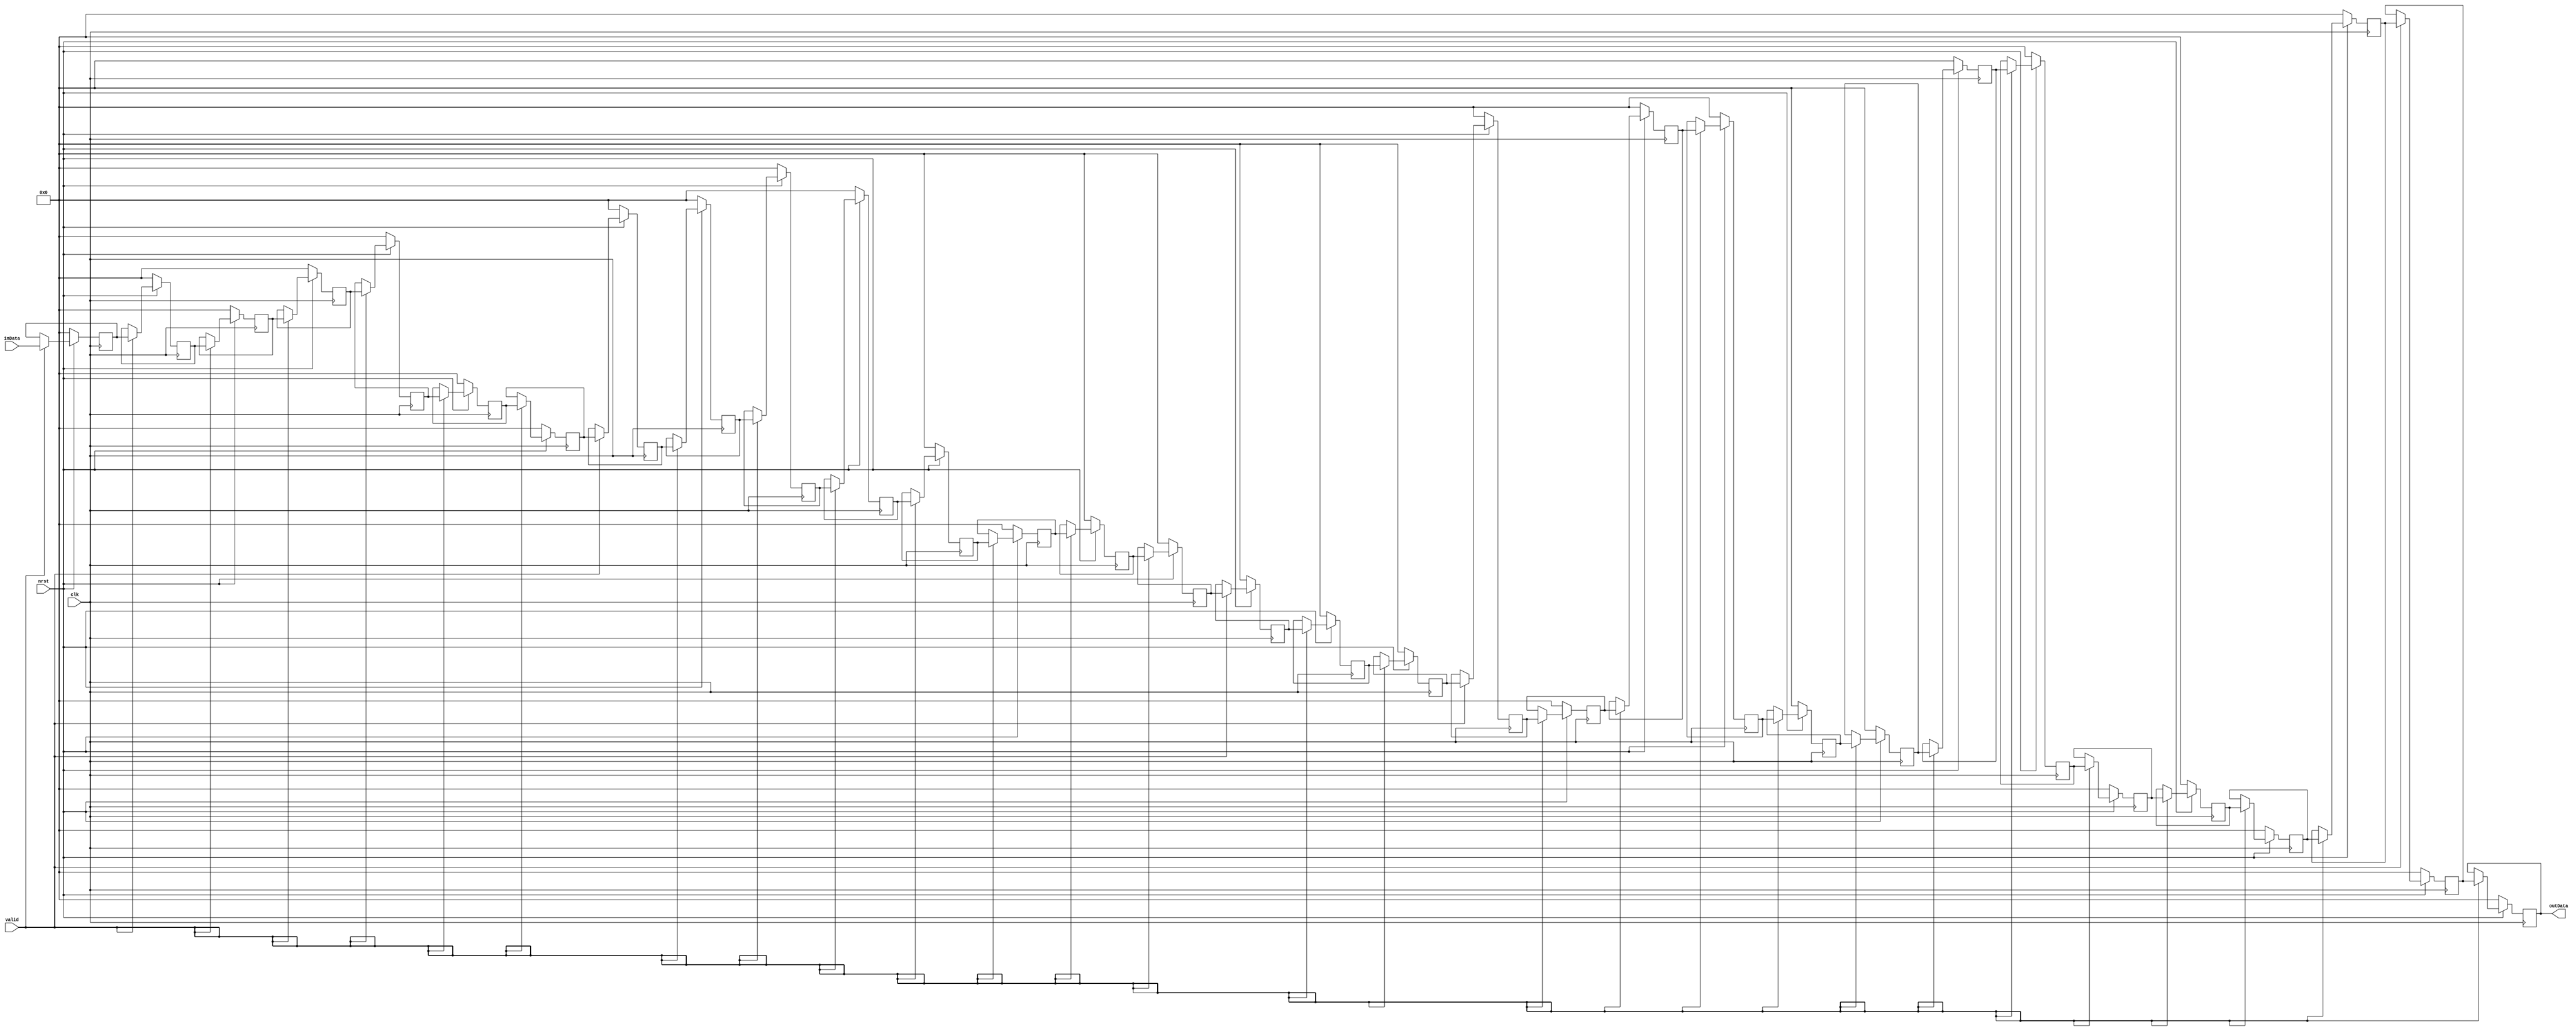
/******************************************************************************
Copyright (c) 2018 SoC Design Laboratory, Konkuk University, South Korea
All rights reserved.

Redistribution and use in source and binary forms, with or without
modification, are permitted provided that the following conditions are
met: redistributions of source code must retain the above copyright
notice, this list of conditions and the following disclaimer;
redistributions in binary form must reproduce the above copyright
notice, this list of conditions and the following disclaimer in the
documentation and/or other materials provided with the distribution;
neither the name of the copyright holders nor the names of its
contributors may be used to endorse or promote products derived from
this software without specific prior written permission.

THIS SOFTWARE IS PROVIDED BY THE COPYRIGHT HOLDERS AND CONTRIBUTORS
"AS IS" AND ANY EXPRESS OR IMPLIED WARRANTIES, INCLUDING, BUT NOT
LIMITED TO, THE IMPLIED WARRANTIES OF MERCHANTABILITY AND FITNESS FOR
A PARTICULAR PURPOSE ARE DISCLAIMED. IN NO EVENT SHALL THE COPYRIGHT
OWNER OR CONTRIBUTORS BE LIABLE FOR ANY DIRECT, INDIRECT, INCIDENTAL,
SPECIAL, EXEMPLARY, OR CONSEQUENTIAL DAMAGES (INCLUDING, BUT NOT
LIMITED TO, PROCUREMENT OF SUBSTITUTE GOODS OR SERVICES; LOSS OF USE,
DATA, OR PROFITS; OR BUSINESS INTERRUPTION) HOWEVER CAUSED AND ON ANY
THEORY OF LIABILITY, WHETHER IN CONTRACT, STRICT LIABILITY, OR TORT
(INCLUDING NEGLIGENCE OR OTHERWISE) ARISING IN ANY WAY OUT OF THE USE
OF THIS SOFTWARE, EVEN IF ADVISED OF THE POSSIBILITY OF SUCH DAMAGE.

Authors: Sunwoo Kim (sunwkim@konkuk.ac.kr)

Revision History
2017.02.15: Started by Sunwoo Kim
*******************************************************************************/

module Shift_Reg
#(
	parameter BW=16,
	parameter N =32
) (
	input 			nrst,clk,
	input [BW-1:0] 	inData,
	input 			valid,
	output[BW-1:0] 	outData
);

reg [BW-1:0] sr[N-1:0];
integer i;

always@(posedge clk)
	if(!nrst)
		for(i=1;i<N;i=i+1)
			sr[i] <= 0;
	else if (valid) begin
		for(i=1;i<N;i=i+1)
			sr[i] <= sr[i-1];			
	end


always@(posedge clk)
    if(!nrst)
      sr[0] <= 0;
    else if (valid) begin
      sr[0] <= inData;
	end

assign outData = sr[N-1];

endmodule